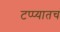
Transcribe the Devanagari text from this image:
टप्प्यातच